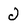
Character: J